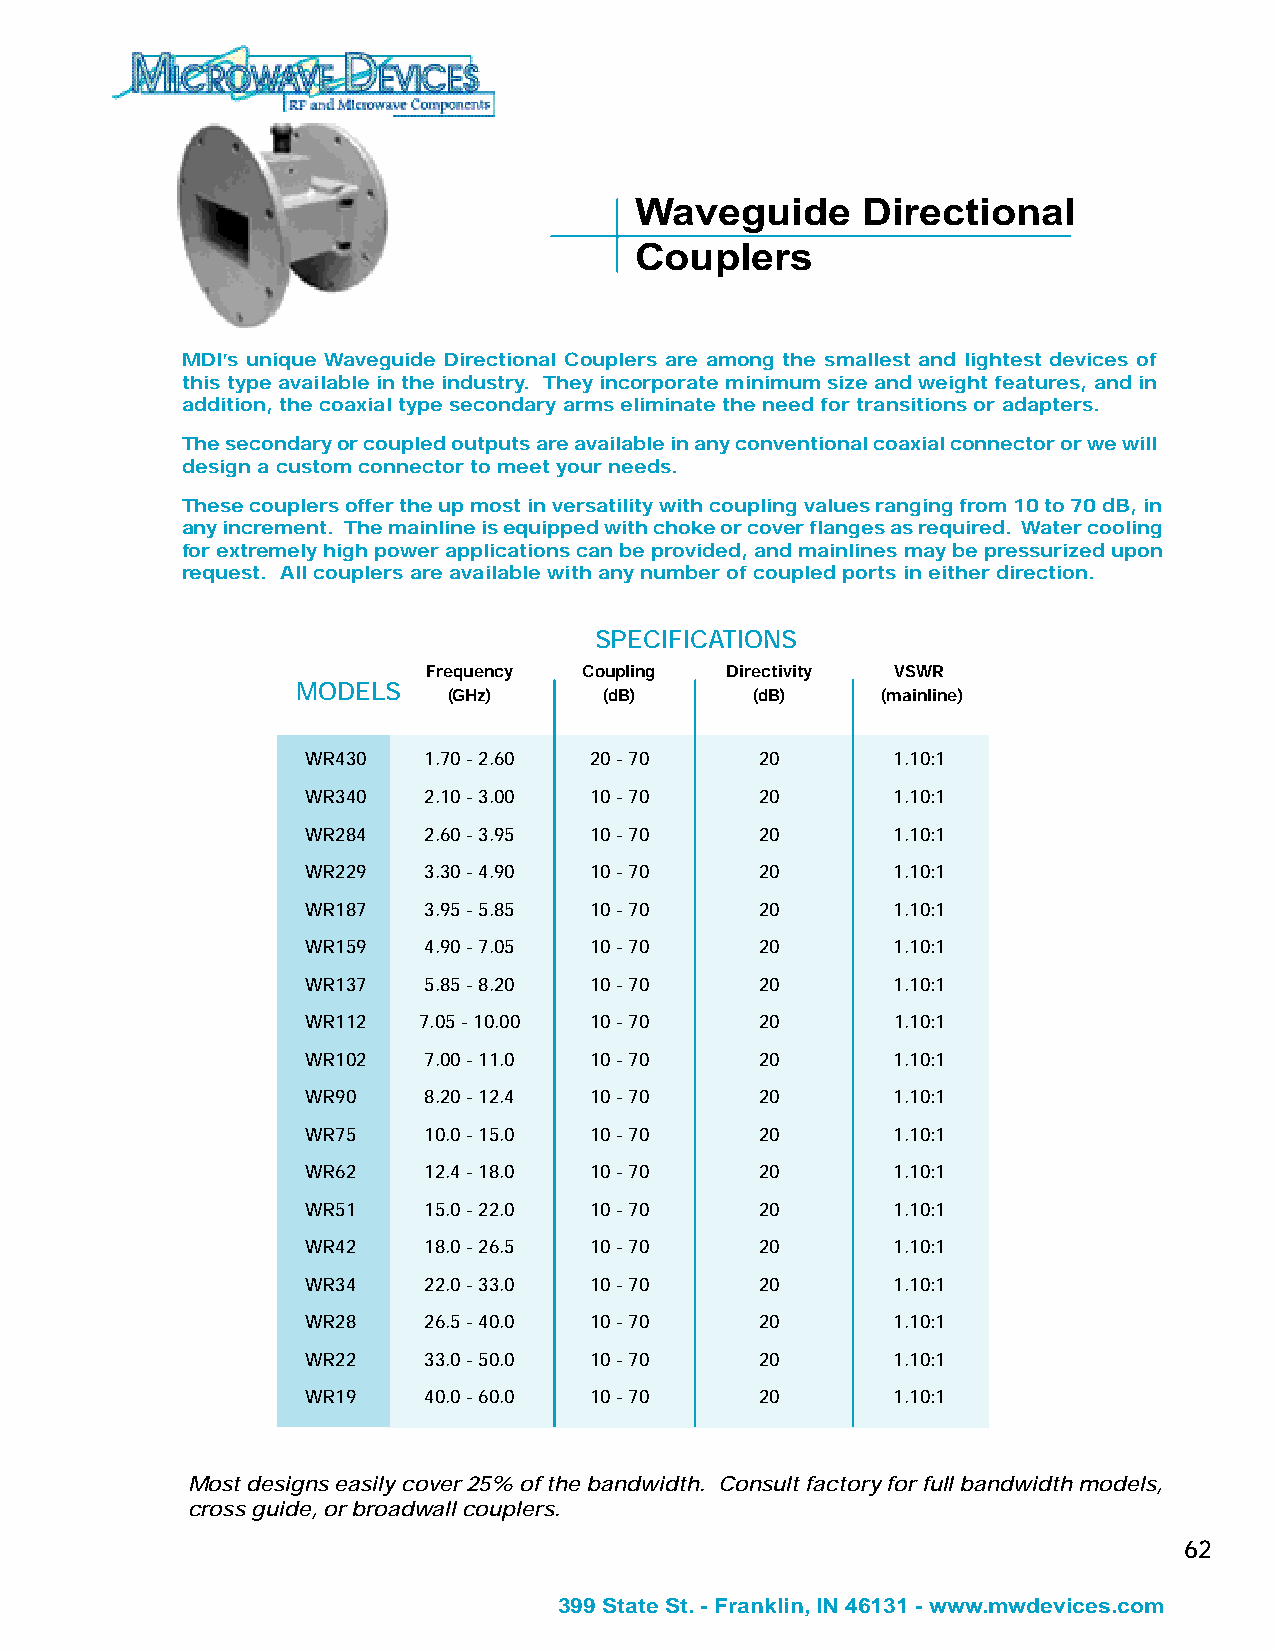
Waveguide      Directional
 Couplers
 MDI’s unique Waveguide Directional Couplers are among the smallest and lightest devices of
 this type available in the industry. They incorporate minimum size and weight features, and in
 addition, the coaxial type secondary arms eliminate the need for transitions or adapters.
 The secondary or coupled outputs are available in any conventional coaxial connector or we will
 design a custom connector to meet your needs.
 These couplers offer the up most in versatility with coupling values ranging from 10 to 70 dB, in
 any increment. The mainline is equipped with choke or cover flanges as required. Water cooling
 for extremely high power applications can be provided, and mainlines may be pressurized upon
 request. All couplers are available with any number of coupled ports in either direction.
 SPECIFICATIONS
 Frequency  Coupling Directivity VSWR
 MODELS
 (GHz)     (dB)      (dB)    (mainline)
 WR430   1.70 - 2.60 20 - 70   20       1.10:1
 WR340   2.10 - 3.00 10 - 70   20       1.10:1
 WR284   2.60 - 3.95 10 - 70   20       1.10:1
 WR229   3.30 - 4.90 10 - 70   20       1.10:1
 WR187   3.95 - 5.85 10 - 70   20       1.10:1
 WR159   4.90 - 7.05 10 - 70   20       1.10:1
 WR137   5.85 - 8.20 10 - 70   20       1.10:1
 WR112   7.05 - 10.00 10 - 70  20       1.10:1
 WR102   7.00 - 11.0 10 - 70   20       1.10:1
 WR90    8.20 - 12.4 10 - 70   20       1.10:1
 WR75    10.0 - 15.0 10 - 70   20       1.10:1
 WR62    12.4 - 18.0 10 - 70   20       1.10:1
 WR51    15.0 - 22.0 10 - 70   20       1.10:1
 WR42    18.0 - 26.5 10 - 70   20       1.10:1
 WR34    22.0 - 33.0 10 - 70   20       1.10:1
 WR28    26.5 - 40.0 10 - 70   20       1.10:1
 WR22    33.0 - 50.0 10 - 70   20       1.10:1
 WR19    40.0 - 60.0 10 - 70   20       1.10:1
 Most designs easily cover 25% of the bandwidth. Consult factory for full bandwidth models,
 cross guide, or broadwall couplers.
 62
 399 State St. - Franklin, IN 46131 - www.mwdevices.com